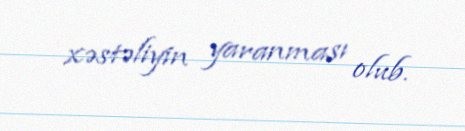
xəstəliyin yaranması olub.